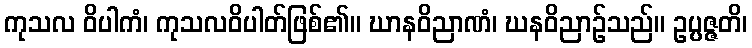
ကုသလ ဝိပါကံ၊ ကုသလဝိပါတ်ဖြစ်၏။ ဃာနဝိညာဏံ၊ ဃနဝိညာဉ်သည်။ ဥပ္ပဇ္ဇတိ၊